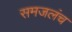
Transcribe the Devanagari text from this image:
समजलंच